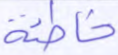
خاطئة